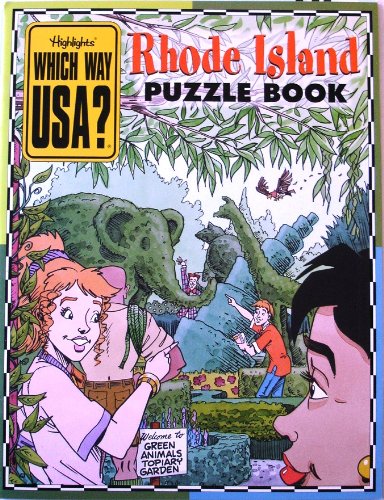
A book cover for Rhode Island Puzzle Book (Which Way USA?); Karen Richards; Travel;